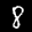
Label: 8